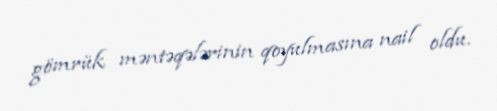
gömrük məntəqələrinin qoyulmasına nail oldu.